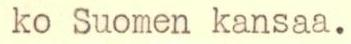
ko Suomen kansaa.